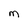
Character: M